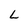
Character: L